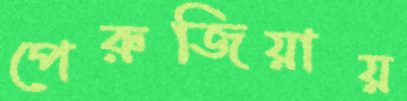
পেরুজিয়ায়